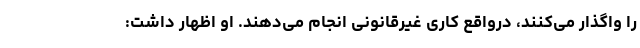
را واگذار می‌کنند، درواقع کاری غیرقانونی انجام می‌دهند. او اظهار داشت: